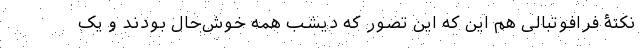
نکتۀ فرافوتبالی هم این که این تصور که دیشب همه خوش‌حال بودند و یک